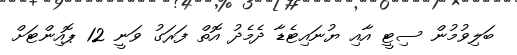
ބަލިވުމުން ސިޓީ އާއި ޔުނައިޓެޑާ ދެމެދު އޮތް ފަރަގު ވަނީ 12 ޕޮއިންޓަށް